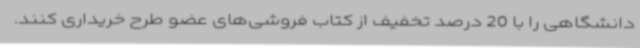
دانشگاهی را با 20 درصد تخفیف از کتاب ‌فروشی‌های عضو طرح خریداری کنند.